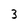
Character: 3